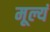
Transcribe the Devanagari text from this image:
मूल्यं